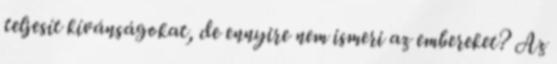
teljesít kívánságokat, de ennyire nem ismeri az embereket? Az